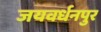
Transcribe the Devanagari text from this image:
जयवर्धनपुर